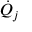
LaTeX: { \dot { Q } } _ { j }